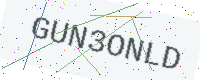
Text: GUN3ONLD